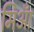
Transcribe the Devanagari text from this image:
मिआँ